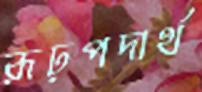
রূঢ়পদার্থ